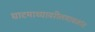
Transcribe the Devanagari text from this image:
घाटमाथ्यावरीलमावळांत